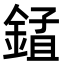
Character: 𨨃